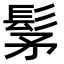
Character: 髳